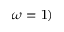
\omega = 1 )